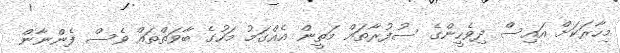
މިހާރަކަށް އައިސް ދިވެހީންގެ ސުފުރާތައް މަތީން އެއްގަމު މަހުގެ ބާވަތްތައް ވެސް ފެންނާން